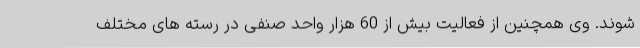
شوند. وی همچنین از فعالیت بیش از 60 هزار واحد صنفی در رسته های مختلف